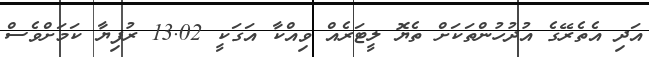
އަދި އެތެރޭގެ އުދުހުންތަކަށް ތެޔޮ ލީޓަރެއް ވިއްކާ އަގަކީ 13.02 ރުފިޔާ ކަމަށްވެސް